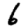
Digit: 6